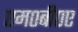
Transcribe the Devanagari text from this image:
एम०बी०ए